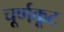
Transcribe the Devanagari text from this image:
चूर्णकूट